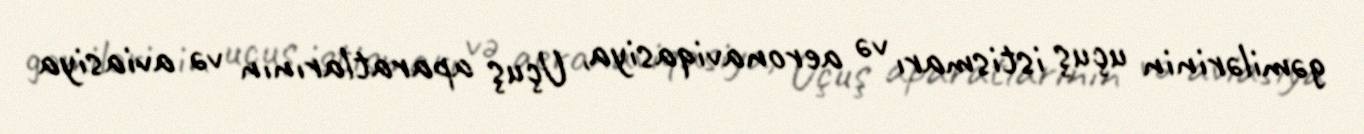
gəmilərinin uçuş istismarı və aeronaviqasiya, Uçuş aparatlarının və aviasiya